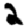
Digit: 2